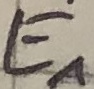
Text: E1